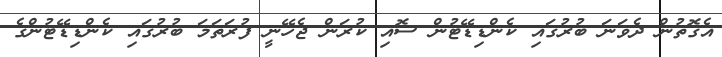
އެގޮތުން ދެވަނަ ބުރުގައި ކެންޑިޑޭޓުން ސޮއި ކުރަން ޖެހޭނީ ފުރަތަމަ ބުރުގައި ކެންޑިޑޭޓުންގެ